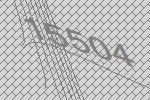
15504